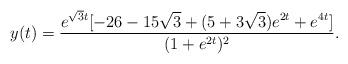
LaTeX: \begin{align*}y(t)=\frac{e^{\sqrt{3}t}[-26-15\sqrt{3} +(5+3\sqrt{3})e^{2t}+ e^{4t} ]}{(1+e^{2t})^2}.\end{align*}